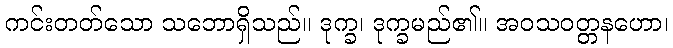
ကင်းတတ်သော သဘောရှိသည်။ ဒုက္ခ၊ ဒုက္ခမည်၏။ အဝသဝတ္တနဟော၊